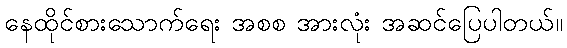
နေထိုင်စားသောက်ရေး အစစ အားလုံး အဆင်ပြေပါတယ်။